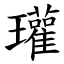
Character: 瓘